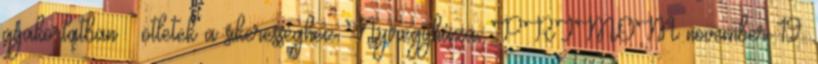
gyakorlatban – ötletek a sikerességhez Nyíregyháza, PRIMOM november 19.